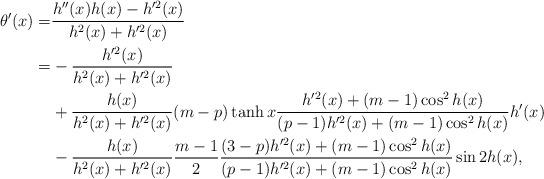
LaTeX: \begin{align*}\theta'(x)=&\frac{h''(x)h(x)-h'^2(x)}{h^2(x)+h'^2(x)}\\=&-\frac{h'^2(x)}{h^2(x)+h'^2(x)} \\&+\frac{h(x)}{h^2(x)+h'^2(x)}(m-p)\tanh x\frac{h'^2(x)+(m-1)\cos^2h(x)}{(p-1)h'^2(x)+(m-1)\cos^2h(x)}h'(x)\\&-\frac{h(x)}{h^2(x)+h'^2(x)}\frac{m-1}{2}\frac{(3-p)h'^2(x)+(m-1)\cos^2h(x)}{(p-1)h'^2(x)+(m-1)\cos^2h(x)}\sin 2h(x),\end{align*}